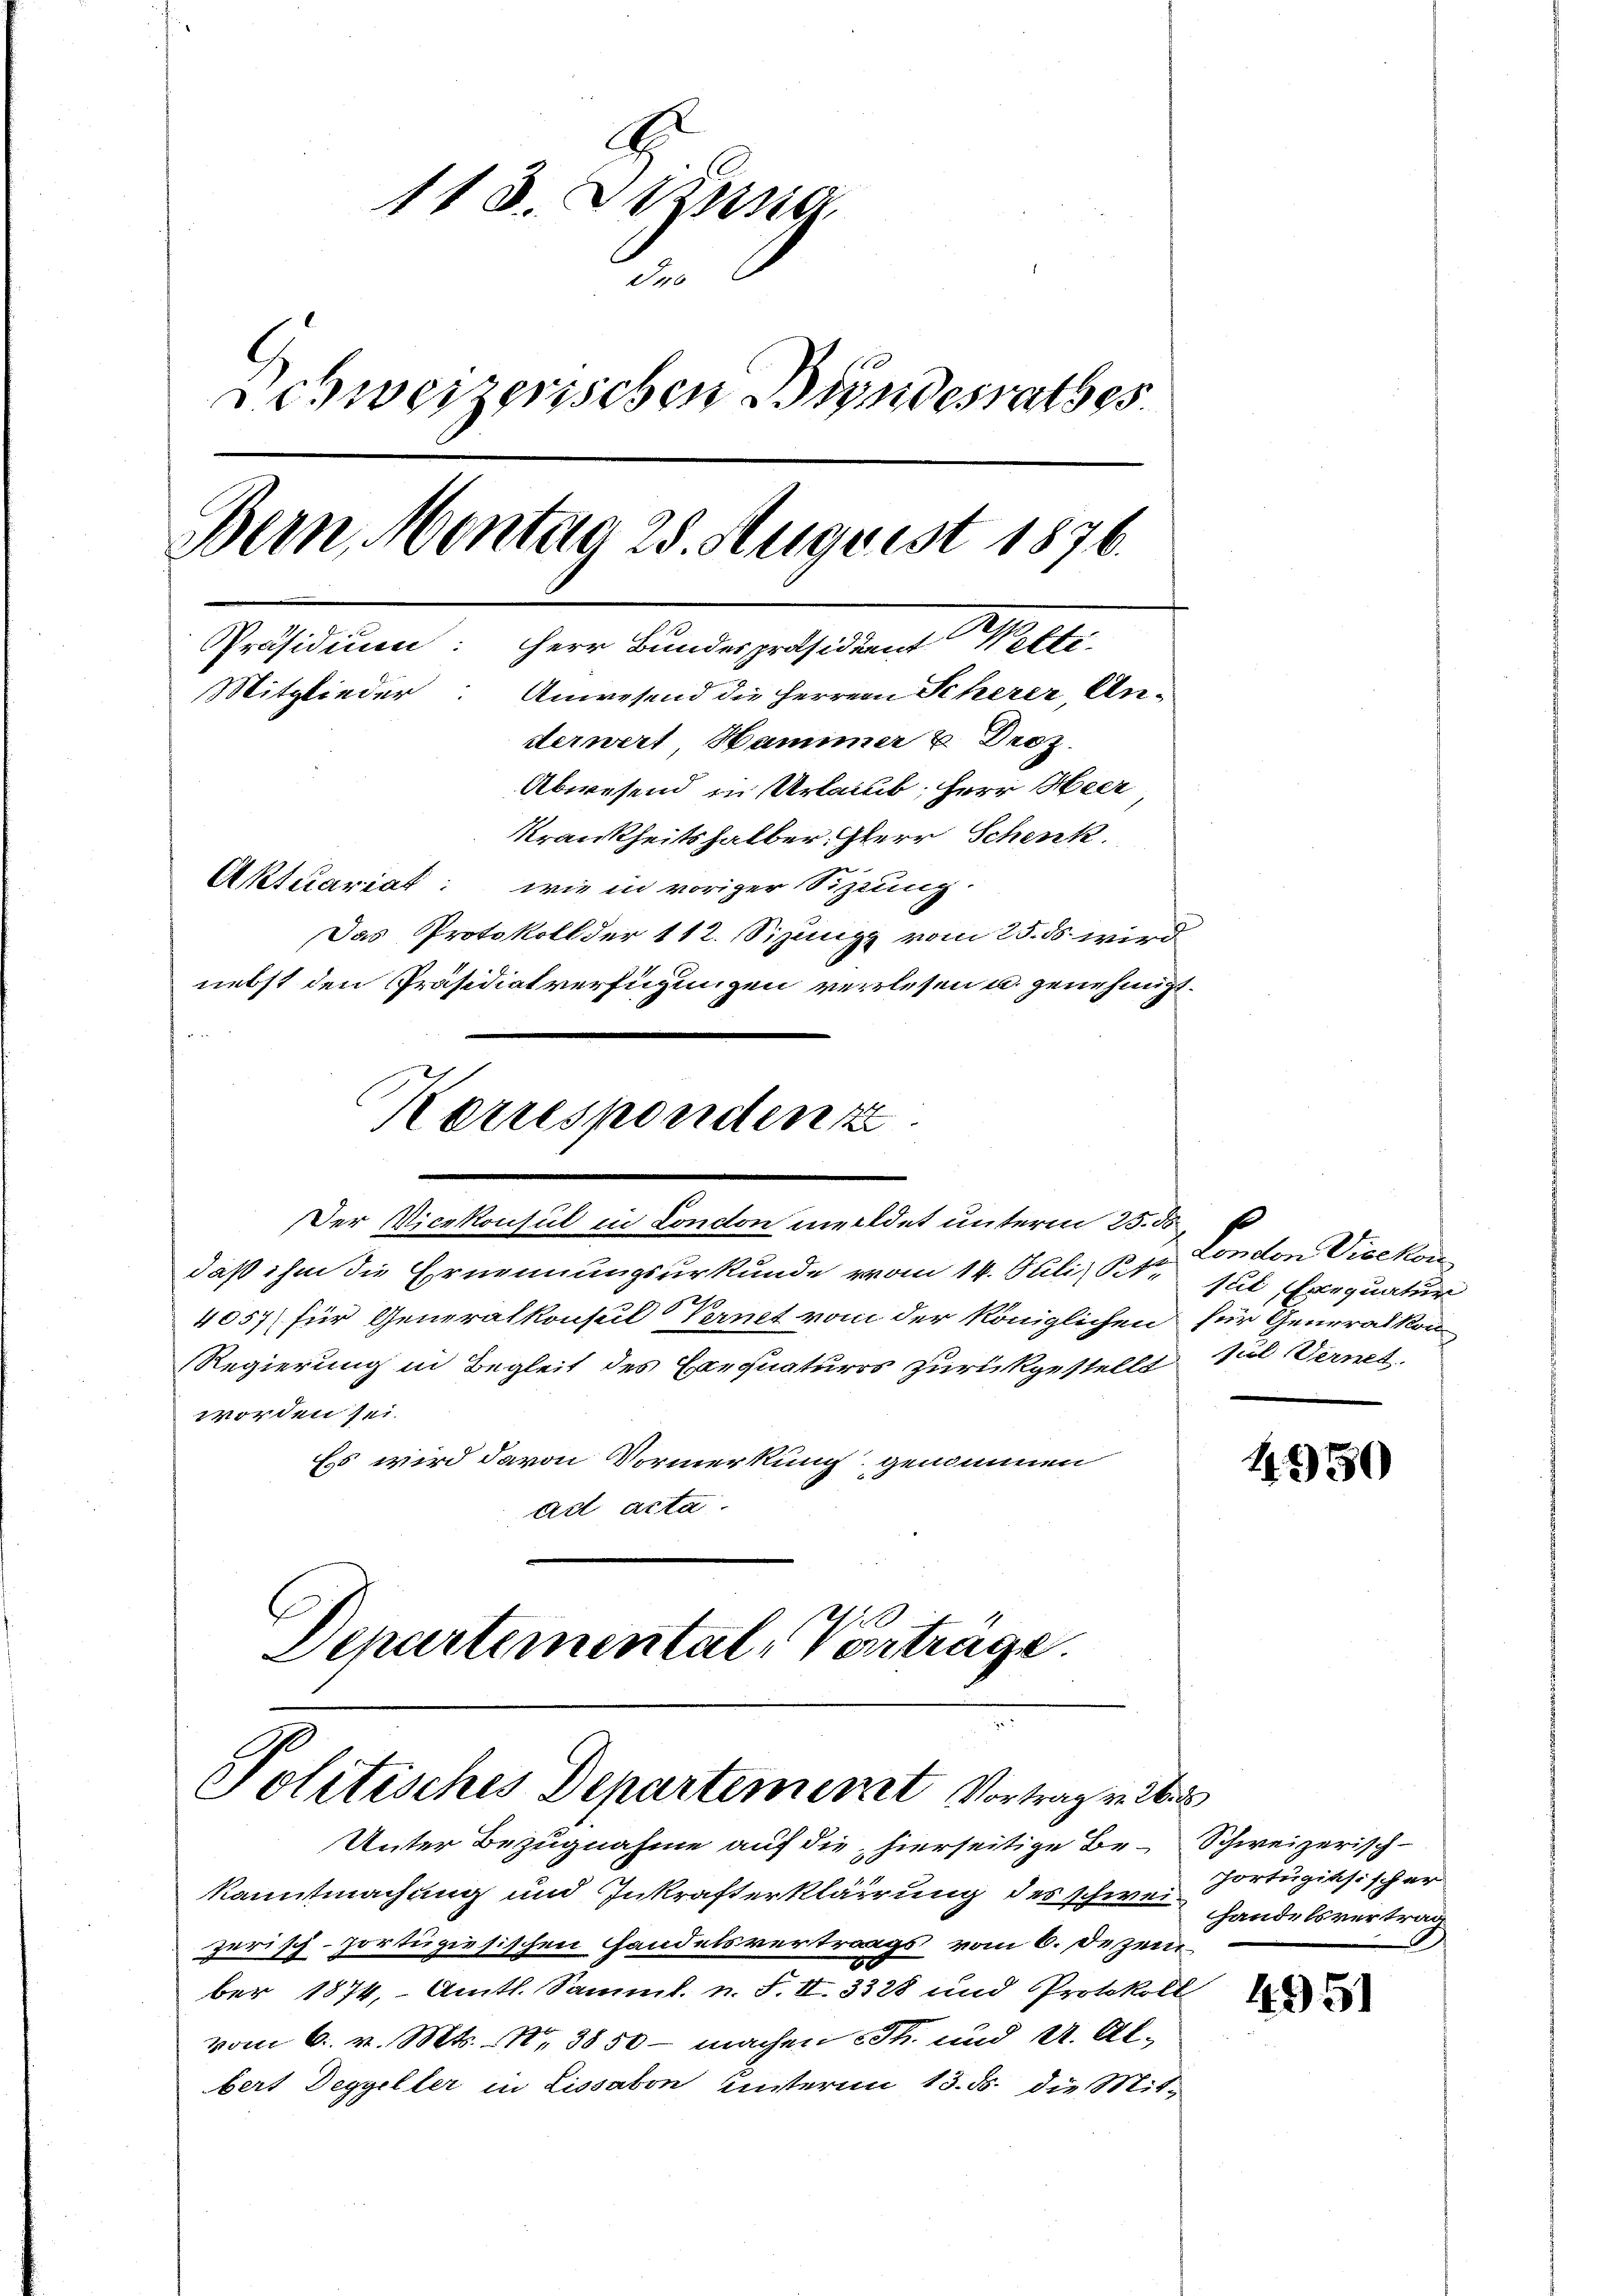
c
113. Dezung
des
Schweizerischen Bundesrathes.
Bern, Montag 25. August 1876.
Präsidium: Herr Bundespräsidient Welti
Mitglieder
Anwesend die Herren Scherer, Underwert, Hamimer u. Droz.
Abwesend in Urlaub, Herr Heer
Krankheitshalber, Herr Schenk
Aktuariat: wie in voriger Sitzung.
Das Protokoll der 112. Sizung vom 25. ds. wird
nebst den Präsidialverfügungen verlesen u. genehmigt.

.

Korrespondent

Der Vicekonsul in London meldet unterm 25. 50
daß ihm die Ernennungsurkunde vom 14. Juli, St. Jul Exequatur
1
4057/ für Generalkonsul Vernet vom der Königlichen für Generalkon-
Regierung in Begleit des Exequaturrs zurückgestellt
worden sei.
Ess wird davon Vormerkung genommen
ad acta.
Departemental-Vortrage.

Unter Bezugnahme auf die hierseitige Be-Schweizerisch-
kanntmachung und Inkrafterklärung des schwei Portugisischer
zerisch-portugisischen Handelsvertrags vom 6. Dezem¬
2.
ber 1874, Amtl. Samml. n. F. II. 3328 und Protokoll
vom 6. v. Mts. N. 3850 - machen Th. und 4. Albert Degyeller in Lissabon unterm 13. ds. die Mit¬

Politisches Departement Vortrag in des

London Vicekon
fiel Vernet.

4950

handelsvertrag

4951